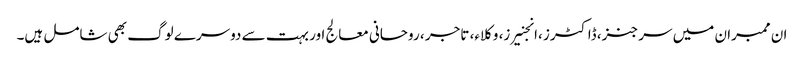
ان ممبران میں سرجنز، ڈاکٹرز ،انجنیرز، وکلاء، تاجر ، روحانی معالج اور بہت سے دوسرے لوگ بھی شامل ہیں۔